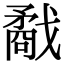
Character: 𢨌